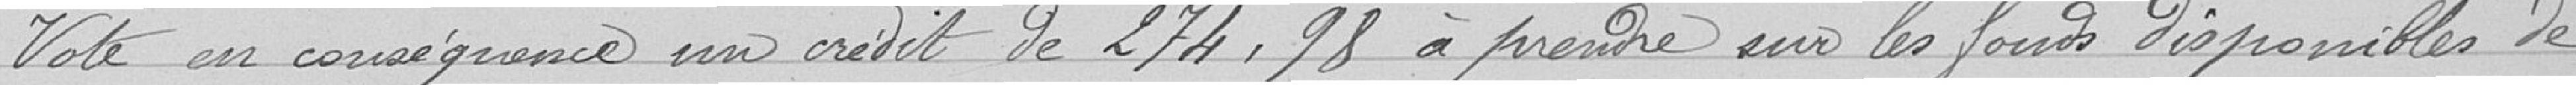
Vote en conséquence un crédit de 274.98 à prendre sur les fonds disponibles de